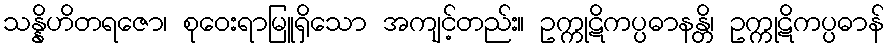
သန္နိဟိတရဇော၊ စုဝေးရာမြူရှိသော အကျင့်တည်း။ ဥက္ကုဋိကပ္ပဓာနန္တိ၊ ဥက္ကုဋိကပ္ပဓာန်